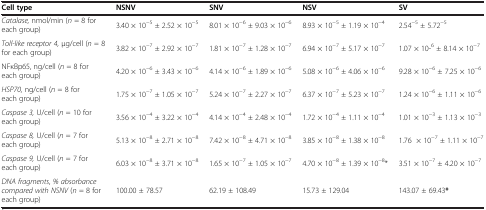
<table><thead><tr><td><b>Cell type</b></td><td><b>NSNV</b></td><td><b>SNV</b></td><td><b>NSV</b></td><td><b>SV</b></td></tr></thead><tbody><tr><td><i>Catalase,</i> nmol/min (<i>n</i> = 8 for each group)</td><td>3.40 × 10<sup>-5</sup> ± 2.52 × 10<sup>-5</sup></td><td>8.01 × 10<sup>-6</sup> ± 9.03 × 10<sup>-6</sup></td><td>8.93 × 10<sup>-5</sup> ± 1.19 × 10<sup>-4</sup></td><td>2.54<sup>-5</sup> ± 5.72<sup>-5</sup></td></tr><tr><td><i>Toll-like receptor 4,</i> μg/cell (<i>n</i> = 8 for each group)</td><td>3.82 × 10<sup>-7</sup> ± 2.92 × 10<sup>-7</sup></td><td>1.81 × 10<sup>-7</sup> ± 1.28 × 10<sup>-7</sup></td><td>6.94 × 10<sup>-7</sup> ± 5.17 × 10<sup>-7</sup></td><td>1.07 × 10-<sup>6</sup> ± 8.14 × 10<sup>-7</sup></td></tr><tr><td>NFκBp65, ng/cell (<i>n</i> = 8 for each group)</td><td>4.20 × 10<sup>-6</sup> ± 3.43 × 10<sup>-6</sup></td><td>4.14 × 10<sup>-6</sup> ± 1.89 × 10<sup>-6</sup></td><td>5.08 × 10<sup>-6</sup> ± 4.06 × 10<sup>-6</sup></td><td>9.28 × 10<sup>-6</sup> ± 7.25 × 10<sup>-6</sup></td></tr><tr><td><i>HSP70,</i> ng/cell (<i>n</i> = 8 for each group)</td><td>1.75 × 10<sup>-7</sup> ± 1.05 × 10<sup>-7</sup></td><td>5.24 × 10<sup>-7</sup> ± 2.27 × 10<sup>-7</sup></td><td>6.37 × 10<sup>-7</sup> ± 5.23 × 10<sup>-7</sup></td><td>1.24 × 10<sup>-6</sup> ± 1.11 × 10<sup>-6</sup></td></tr><tr><td><i>Caspase 3,</i> U/cell (<i>n</i> = 10 for each group)</td><td>3.56 × 10<sup>-4</sup> ± 3.22 × 10<sup>-4</sup></td><td>4.14 × 10<sup>-4</sup> ± 2.48 × 10<sup>-4</sup></td><td>1.72 × 10<sup>-4</sup> ± 1.11 × 10<sup>-4</sup></td><td>1.01 × 10<sup>-3</sup> ± 1.13 × 10<sup>-3</sup></td></tr><tr><td><i>Caspase 8,</i> U/cell (<i>n</i> = 7 for each group)</td><td>5.13 × 10<sup>-8</sup> ± 2.71 × 10<sup>-8</sup></td><td>7.42 × 10<sup>-8</sup> ± 4.71 × 10<sup>-8</sup></td><td>3.85 × 10<sup>-8</sup> ± 1.38 × 10<sup>-8</sup></td><td>1.76 × 10<sup>-7</sup> ± 1.11 × 10<sup>-7</sup></td></tr><tr><td><i>Caspase 9,</i> U/cell (<i>n</i> = 7 for each group)</td><td>6.03 × 10<sup>-8</sup> ± 3.71 × 10<sup>-8</sup></td><td>1.65 × 10<sup>-7</sup> ± 1.05 × 10<sup>-7</sup></td><td>4.70 × 10<sup>-8</sup> ± 1.39 × 10<sup>-8</sup>*</td><td>3.51 × 10<sup>-7</sup> ± 4.20 × 10<sup>-7</sup></td></tr><tr><td><i>DNA fragments</i>, <i>% absorbance compared with NSNV</i> (<i>n</i> = 8 for each group)</td><td>100.00 ± 78.57</td><td>62.19 ± 108.49</td><td>15.73 ± 129.04</td><td>143.07 ± 69.43<b>*</b></td></tr></tbody></table>